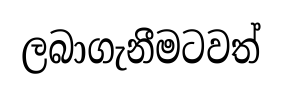
ලබාගැනීමටවත්